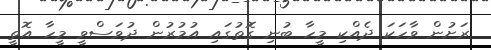
ރަށުން ވާހަކަ ދެއްކި މީހާ ބުނި ގޮތުގައި އުމުރުން ދުވަސްވީ މީހާ އޮތީ